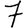
Digit: 7